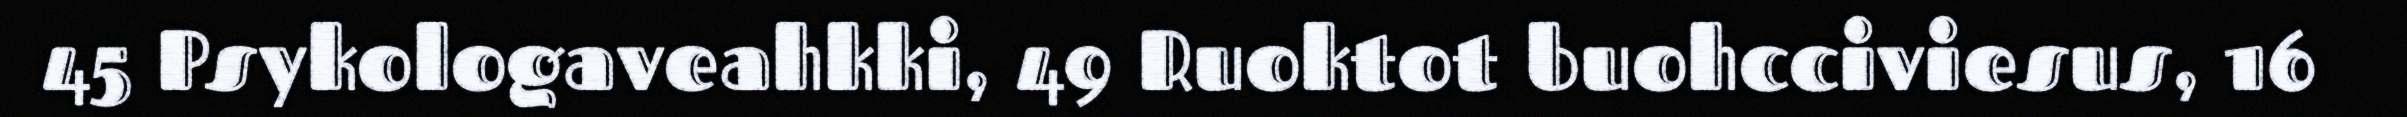
45 Psykologaveahkki, 49 Ruoktot buohcciviesus, 16